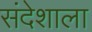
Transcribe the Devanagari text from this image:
संदेशाला